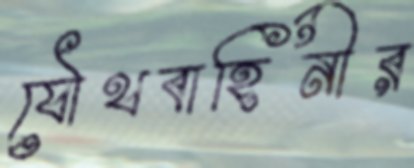
যৌথবাহিনীর